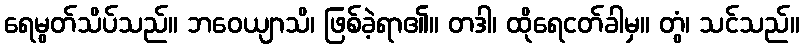
ရေမွတ်သိပ်သည်။ ဘဝေယျာသိ၊ ဖြစ်ခဲ့ရာ၏။ တဒါ၊ ထိုရေငတ်ခါမှ။ တွံ၊ သင်သည်။